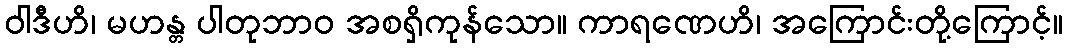
ဝါဒီဟိ၊ မဟန္တ ပါတုဘာဝ အစရှိကုန်သော။ ကာရဏေဟိ၊ အကြောင်းတို့ကြောင့်။